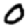
Digit: 0